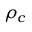
\rho _ { c }